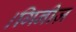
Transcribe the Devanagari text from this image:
।गिनीज़